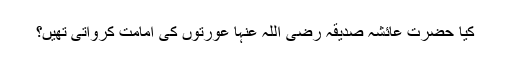
کیا حضرت عائشہ صدیقہ رضی اللہ عنہا عورتوں کی امامت کرواتی تھیں؟